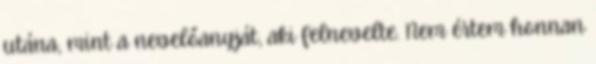
utána, mint a nevelőanyját, aki felnevelte. Nem értem honnan